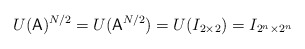
\begin{align*}U({\sf A})^{N/2}=U({\sf A}^{N/2})=U(I_{2\times 2})=I_{2^n\times 2^n}\end{align*}